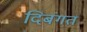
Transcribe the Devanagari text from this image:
दिबंगत